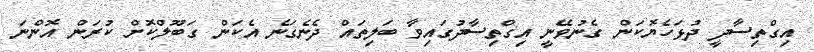
އިގްތިސާދީ ދުޅަހެޔޮކަން ގެނުވޭނީ އިގްތިސާދުގައިވާ ބަލިތައް ދެނެގަނެ އެކަން ގަބޫލްކޮށް ކުރަން އޮންނަ